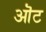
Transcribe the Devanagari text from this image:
ऒट